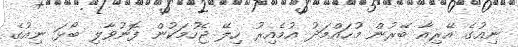
ނިއުގެ އޭރިއާ ބޭރުން މުހައްމަދު އުމެއިރު ހިލޭ ޖެހުމަކުން ފޮނުވާލި ބޯޅަ ނިއުގެ